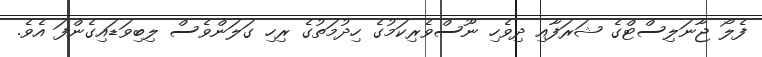
ފެލޯ ޖާނަލިސްޓްގެ ޝަރަފާއި ދިވެހި ނޫސްވެރިކަމުގެ ހިދުމަތުގެ ރިހި ގަލަންވެސް ލިބިވަޑައިގެންފަ އެވެ.